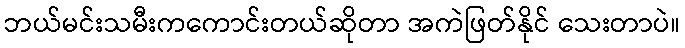
ဘယ်မင်းသမီးကကောင်းတယ်ဆိုတာ အကဲဖြတ်နိုင် သေးတာပဲ။